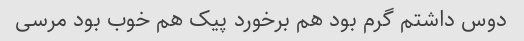
دوس داشتم گرم بود هم برخورد پیک هم خوب بود مرسی